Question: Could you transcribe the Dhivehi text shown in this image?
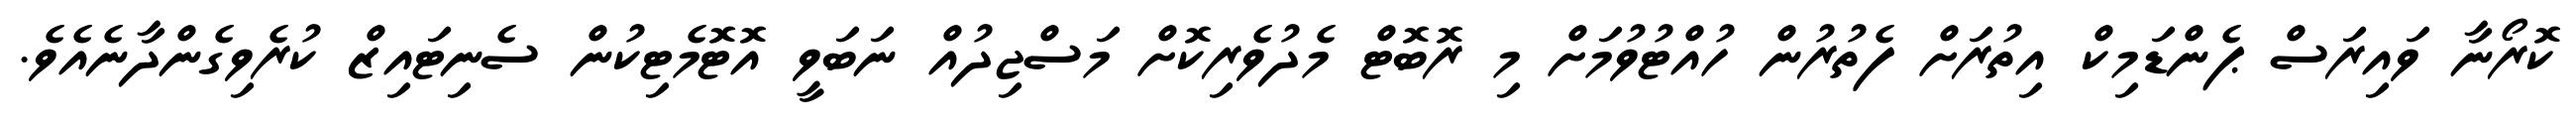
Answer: ކޮރޯނާ ވައިރަސް ޕެންޑަމިކް އިތުރަށް ފެތުރުން ހުއްޓުވުމަށް މި ރޮބޮޓް މެދުވެރިކޮށް މަސްޖިދުއް ނަބަވީ އޮޓޮމެޓިކުން ސެނިޓައިޒް ކުރެވިގެންދާނެއެވެ.